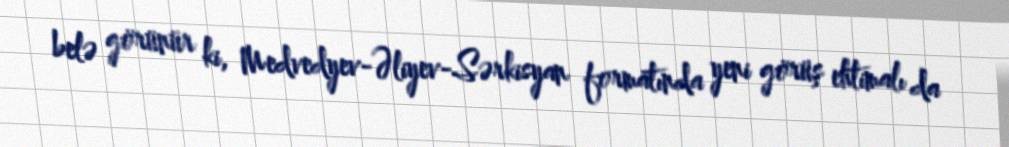
belə görünür ki, Medvedyev-Əliyev-Sərkisyan formatında yeni görüş ehtimalı da